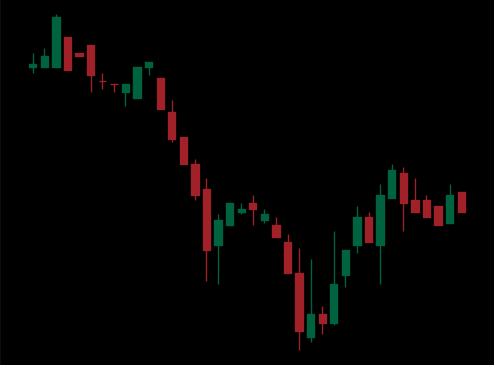
Pattern: bull_flag